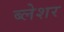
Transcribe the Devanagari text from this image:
ब्लेशर